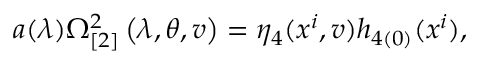
a ( \lambda ) \Omega _ { \lbrack 2 ] } ^ { 2 } \left( \lambda , \theta , v \right) = \eta _ { 4 } ( x ^ { i } , v ) h _ { 4 ( 0 ) } ( x ^ { i } ) ,